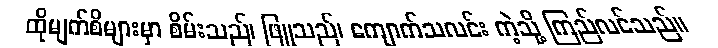
ထိုမျက်စိများမှာ စိမ်းသည်၊ ဖြူသည်၊ ကျောက်သလင်း ကဲ့သို့ ကြည်လင်သည်။